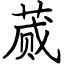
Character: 蒇